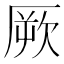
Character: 厥